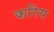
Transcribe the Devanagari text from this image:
करिय